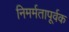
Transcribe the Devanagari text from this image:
निमर्मतापूर्वक